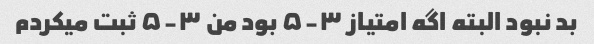
بد نبود البته اگه امتیاز ۳-۵ بود من ۳-۵ ثبت میکردم